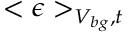
< \epsilon > _ { V _ { b g } , t }